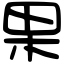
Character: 果